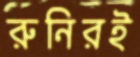
রুনিরই